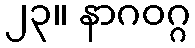
၂၃။ နာဂဝဂ္ဂ